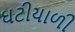
ઘટીયાળી